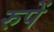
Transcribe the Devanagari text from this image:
रुपें